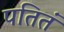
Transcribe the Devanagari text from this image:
पतितं